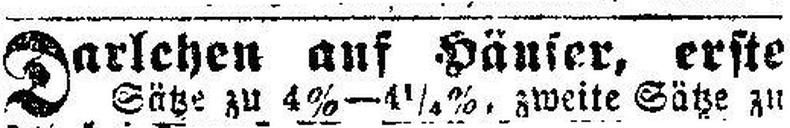
Darlehen auf Häuser, erste